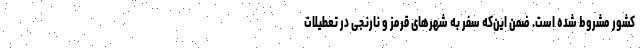
کشور مشروط شده است. ضمن این‌که سفر به شهرهای قرمز و نارنجی در تعطیلات